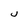
Character: U